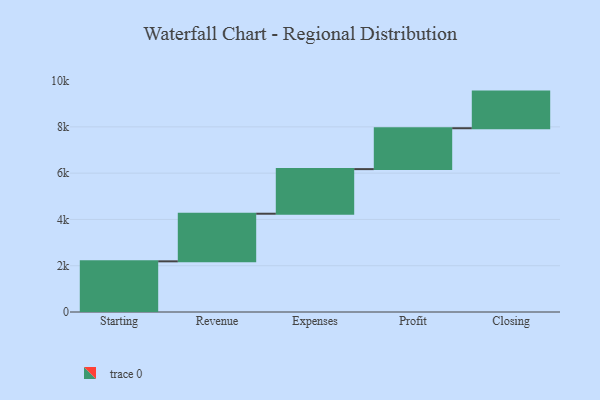
{"axis": {"x": "Step", "y": "Value"}, "legend": [""], "data": [{"x": "Starting", "y": 2189.0, "type": ""}, {"x": "Revenue", "y": 2058.0, "type": ""}, {"x": "Expenses", "y": 1927.0, "type": ""}, {"x": "Profit", "y": 1767.0, "type": ""}, {"x": "Closing", "y": 1583.0, "type": ""}]}